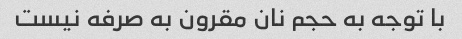
با توجه به حجم نان مقرون به صرفه نیست